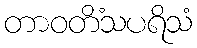
တာဝတိံသပရိသံ